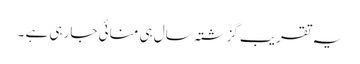
یہ تقریب گزشتہ سال ہی منائی جارہی ہے ۔